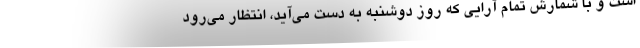
است و با شمارش تمام آرایی که روز دوشنبه به دست می‌آید، انتظار می‌رود